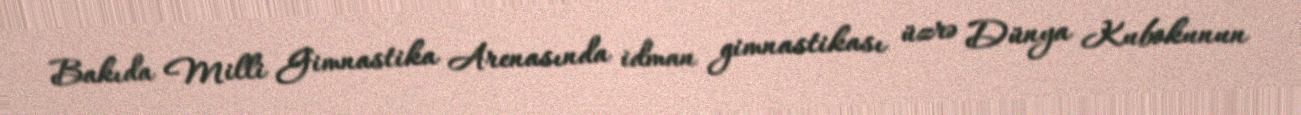
Bakıda Milli Gimnastika Arenasında idman gimnastikası üzrə Dünya Kubokunun